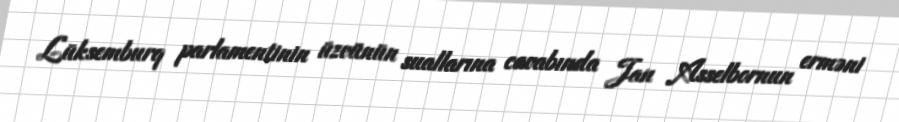
Lüksemburq parlamentinin üzvünün suallarına cavabında Jan Asselbornun erməni